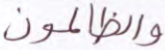
والظالمون